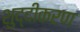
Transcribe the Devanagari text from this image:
शुद्दीकरण